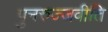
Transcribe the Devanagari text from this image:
पुनरुज्जवीति